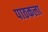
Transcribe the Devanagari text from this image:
पाठकला